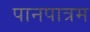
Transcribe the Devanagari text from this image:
पानपात्रम